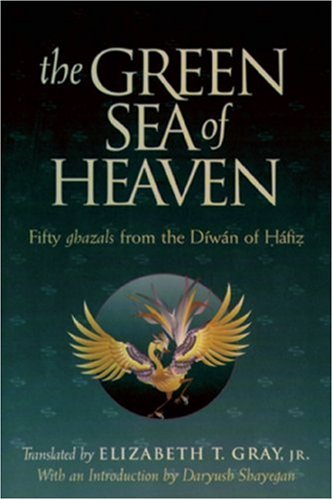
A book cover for The Green Sea of Heaven: Fifty Ghazals from the Diwan of Hafiz (Library of Persian : Text and Contexts in Persian Religions and Spirituality); Elizabeth T. Gray; Religion & Spirituality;